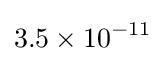
3.5\times 10^{-11}